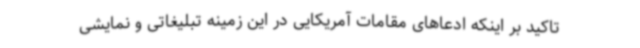
تاکید بر اینکه ادعاهای مقامات آمریکایی در این زمینه تبلیغاتی و نمایشی